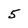
Character: 5